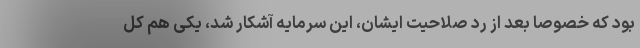
بود که خصوصا بعد از رد صلاحیت ایشان، این سرمایه آشکار شد، یکی هم کل